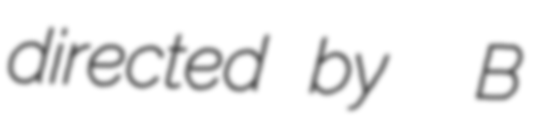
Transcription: directed by  B